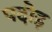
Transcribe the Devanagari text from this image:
पदोइ